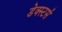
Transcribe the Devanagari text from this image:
डेक्स्टर्स